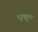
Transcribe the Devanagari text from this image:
एच्‌०